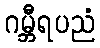
ဂမ္ဘီရပညံ